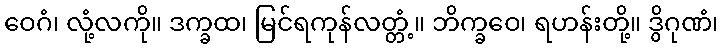
ဝေဂံ၊ လုံ့လကို။ ဒက္ခထ၊ မြင်ရကုန်လတ္တံ့။ ဘိက္ခဝေ၊ ရဟန်းတို့။ ဒွိဂုဏံ၊